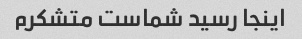
اینجا رسید شماست متشکرم